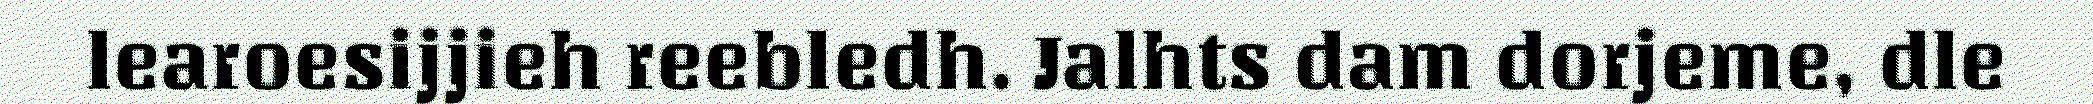
learoesijjieh reebledh. Jalhts dam dorjeme, dle